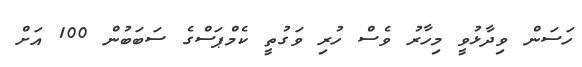
ހަސަން ވިދާޅުވީ މިހާރު ވެސް ހުރި ވަގުތީ ކެމްޕަސްގެ ސަބަބުން 100 އަށް